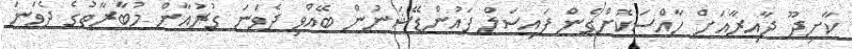
ކާށިދޫ ދާއިރާއަށް ހާއްސަކޮށްގެން ފައިސަލް ފައުންޑޭޝަނުން ބޭއްވި ދެވަނަ ގުރުއާން މުބާރާތުގެ ދެވަނަ